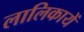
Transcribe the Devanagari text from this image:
लालिकायें